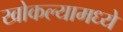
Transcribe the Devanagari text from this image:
खोकल्यामध्ये